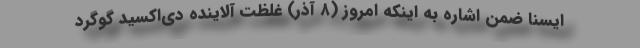
ایسنا ضمن اشاره به اینکه امروز (۸ آذر) غلظت آلاینده دی‌اکسید گوگرد